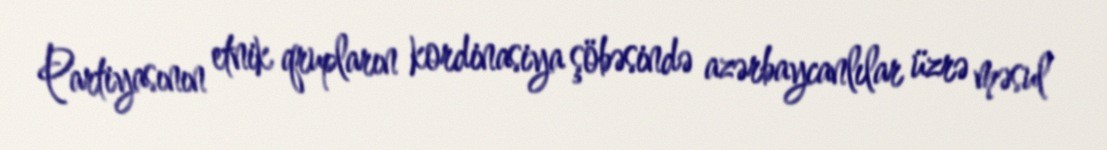
Partiyasının etnik qrupların kordinasiya şöbəsində azərbaycanlılar üzrə məsul